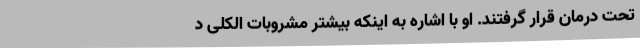
تحت درمان قرار گرفتند. او با اشاره به اینکه بیشتر مشروبات الکلی د